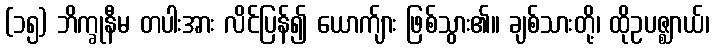
(၁၅) ဘိက္ခုနီမ တပါးအား လိင်ပြန်၍ ယောက်ျား ဖြစ်သွား၏။ ချစ်သားတို့၊ ထိုဥပဇ္ဈာယ်၊